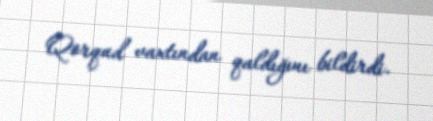
Qorqud vaxtından qaldığını bildirdi.